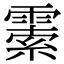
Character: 𩄜